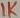
Text: 1K